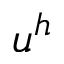
u ^ { h }